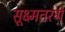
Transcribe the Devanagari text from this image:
सूक्ष्मतरंगे